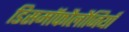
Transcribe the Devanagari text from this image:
डिसमॉफौलौजियाँ